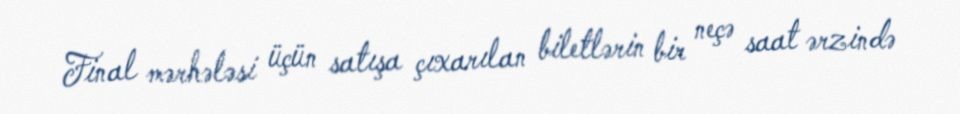
Final mərhələsi üçün satışa çıxarılan biletlərin bir neçə saat ərzində